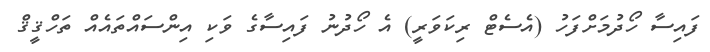
ފައިސާ ހޯދުމަށްފަހު (އެސެޓް ރިކަވަރީ) އެ ހޯދުނު ފައިސާގެ ވަކި އިންސައްތައެއް ތަހްޤީޤް